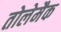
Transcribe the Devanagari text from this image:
तोलेमैक